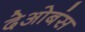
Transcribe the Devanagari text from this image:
देओबंस